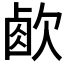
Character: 𣣧